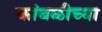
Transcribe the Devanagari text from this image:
कांबळीच्या